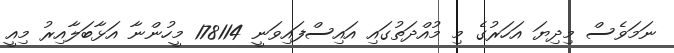
ނަމަވެސް މިދިޔަ އަހަރުގެ މި މުއްދަތުގައި އައިސްފައިވަނީ 178114 މީހުންނާ އަޅާބަލާއިރު މިއީ